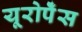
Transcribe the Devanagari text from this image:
यूरोपेँस